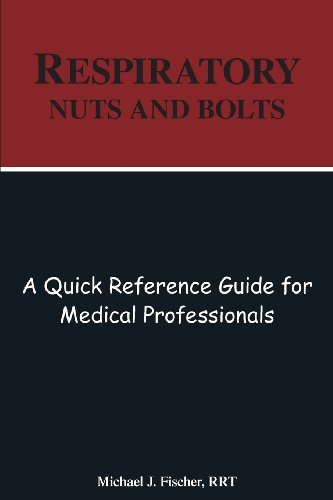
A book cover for Respiratory Nuts and Bolts; Michael J. Fischer; Medical Books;